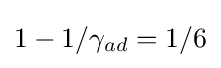
1-1/\gamma _{ad}=1/6